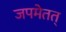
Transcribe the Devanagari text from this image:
जपमेतत्